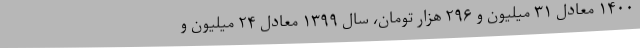
۱۴۰۰ معادل ۳۱ میلیون و ۲۹۶ هزار تومان، سال ۱۳۹۹ معادل ۲۴ میلیون و